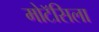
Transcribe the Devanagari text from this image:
मोटॅसिला